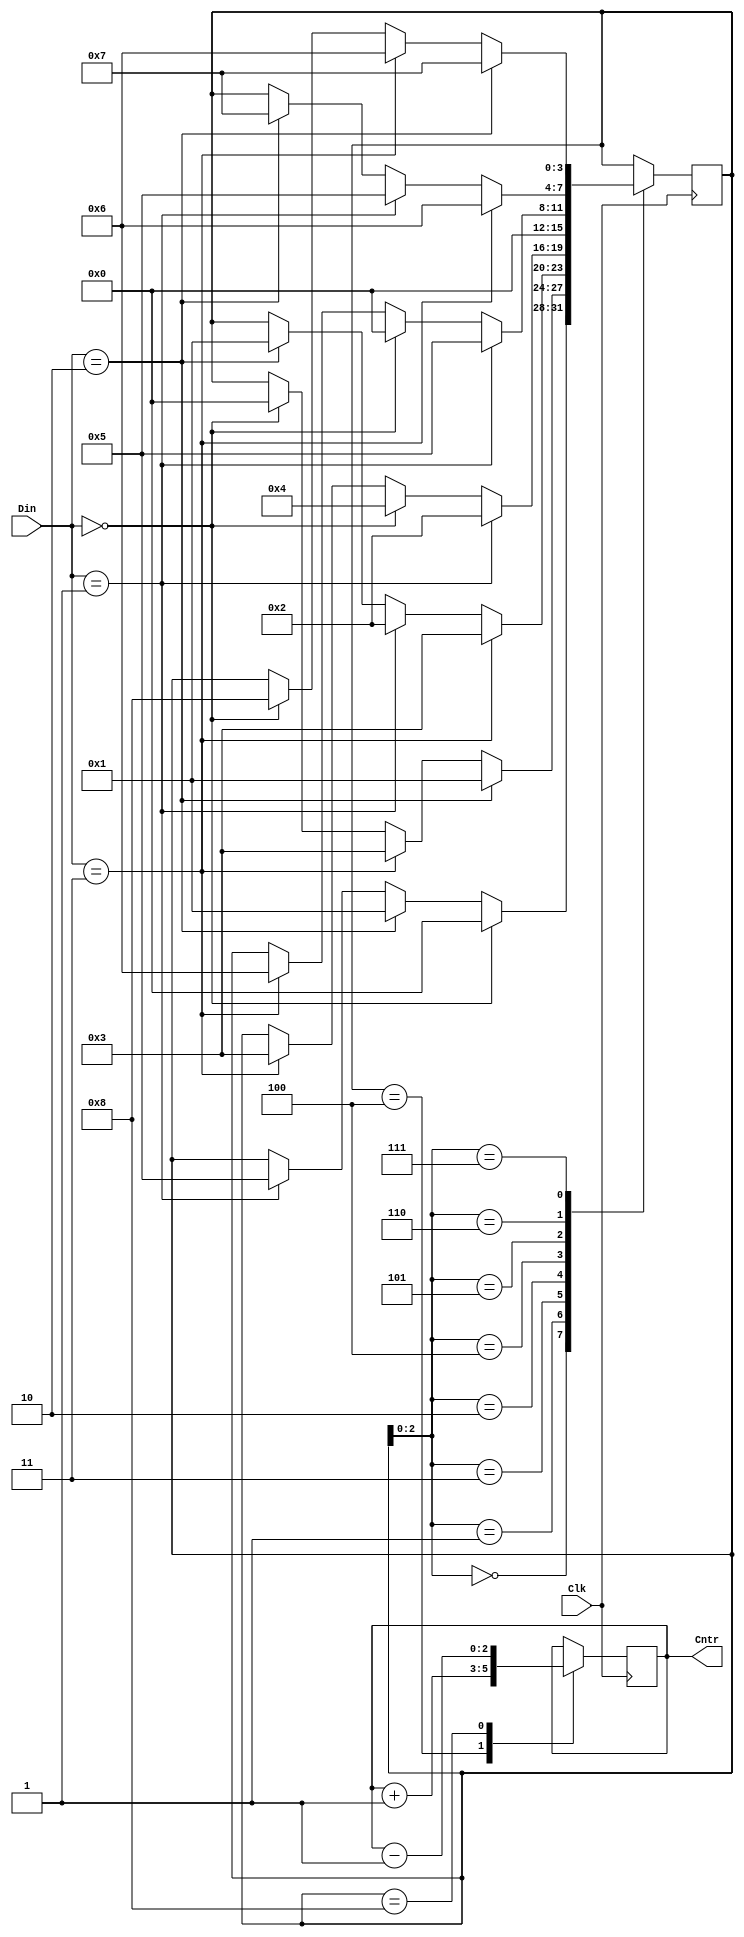
module EE342exp6FSM(Clk, Din, Cntr);
input Clk;
input [1:0] Din;


output reg [2:0] Cntr; // Counter to Count # of Cars
reg [3:0] State; // Stored Din values
parameter S0 = 4'b0000, S1 = 4'b0001, S2 = 4'b0011, S3 = 4'b0010, S4 = 4'b0100,
		  S5 = 4'b0101, S6 = 4'b0110, S7 = 4'b0111, S8 = 4'b1000;


always@(posedge Clk)
begin				
	case(State[2:0])
		S0:
			if(Din[1:0] == 2'b00)
				State <= S0;
			else if(Din[1:0] == 2'b10)
				State <= S1;
			else if(Din[1:0] == 2'b01)
				State <= S5;
		S1:
			if(Din[1:0] == 2'b10)
				State <= S1;
			else if(Din[1:0] == 2'b11)
				State <= S2;
			else if(Din[1:0] == 2'b00)
				State <= S0;
		S2:
			if(Din[1:0] == 2'b11)
				State <= S2;
			else if(Din[1:0] == 2'b01)
				State <= S3;
			else if(Din[1:0] == 2'b10)
				State <= S1;
		S3:
			if(Din[1:0] == 2'b01)
				State <= S3;
			else if(Din[1:0] == 2'b00)
				State <= S4;
			else if(Din[1:0] == 2'b11)
				State <= S2;
		S4:
				State <= S0;
		S5:
			if(Din[1:0] == 2'b01)
				State <= S5;
			else if(Din[1:0] == 2'b00)
				State <= S0;
			else if(Din[1:0] == 2'b11)
				State <= S6;
		S6:
			if(Din[1:0] == 2'b11)
				State <= S6;
			else if(Din[1:0] == 2'b01)
				State <= S5;
			else if(Din[1:0] == 2'b10)
				State <= S7;
		S7:
			if(Din[1:0] == 2'b10)
				State <= S7;
			else if(Din[1:0] == 2'b11)
				State <= S6;
			else if(Din[1:0] == 2'b00)
				State <= S8;
		S8:
			State <= S0;
	endcase
end
		
always @(posedge Clk) // combinational logic to increment counter when DirState is S4
begin
	case(State)
		S0: Cntr[2:0] <= Cntr[2:0];
		S1: Cntr[2:0] <= Cntr[2:0];
		S2: Cntr[2:0] <= Cntr[2:0];
		S3: Cntr[2:0] <= Cntr[2:0];
		S4: Cntr[2:0] <= Cntr[2:0] + 3'd1;
		S5: Cntr[2:0] <= Cntr[2:0];
		S6: Cntr[2:0] <= Cntr[2:0];
		S7: Cntr[2:0] <= Cntr[2:0];
		S8: Cntr[2:0] <= Cntr[2:0] - 3'd1;		
	endcase
end
			

endmodule